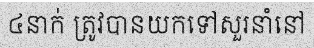
៤នាក់ ត្រូវបានយកទៅសួរនាំនៅ